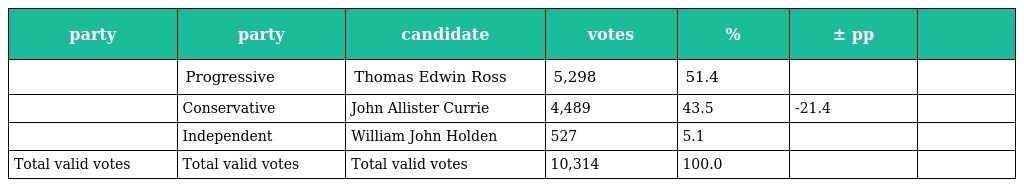
| party | party | candidate | votes | % | ± pp |  |
 | --- | --- | --- | --- | --- | --- | --- |
 |  | Progressive | Thomas Edwin Ross | 5,298 | 51.4 |  |  |
 |  | Conservative | John Allister Currie | 4,489 | 43.5 | -21.4 |  |
 |  | Independent | William John Holden | 527 | 5.1 |  |  |
 | Total valid votes | Total valid votes | Total valid votes | 10,314 | 100.0 |  |  |